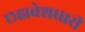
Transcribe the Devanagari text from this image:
छह्मवेशधारी